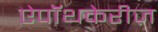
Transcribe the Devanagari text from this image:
ऐपॉथकेरीज़